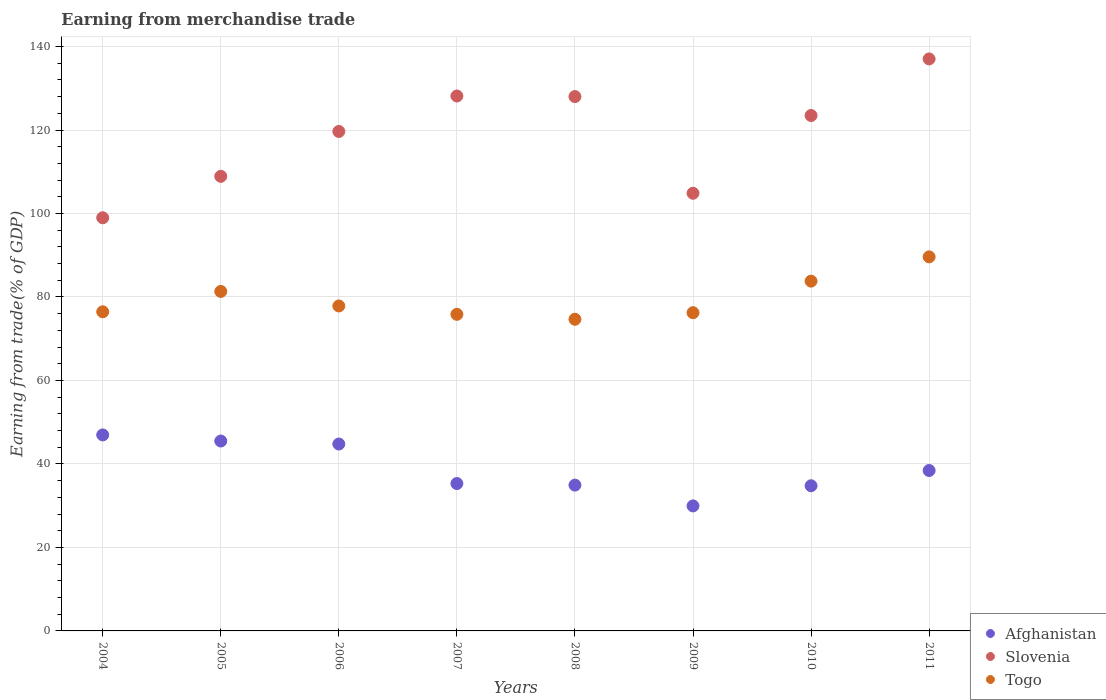
| Years | Afghanistan | Slovenia | Togo |
 | --- | --- | --- | --- |
 | 2004 | 47 | 99 | 76.5 |
 | 2005 | 45.5 | 109 | 81.3 |
 | 2006 | 44.8 | 120 | 77.9 |
 | 2007 | 35.3 | 128 | 75.8 |
 | 2008 | 34.9 | 128 | 74.7 |
 | 2009 | 30 | 105 | 76.2 |
 | 2010 | 34.8 | 123 | 83.8 |
 | 2011 | 38.4 | 137 | 89.6 |